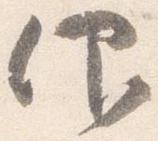
仰